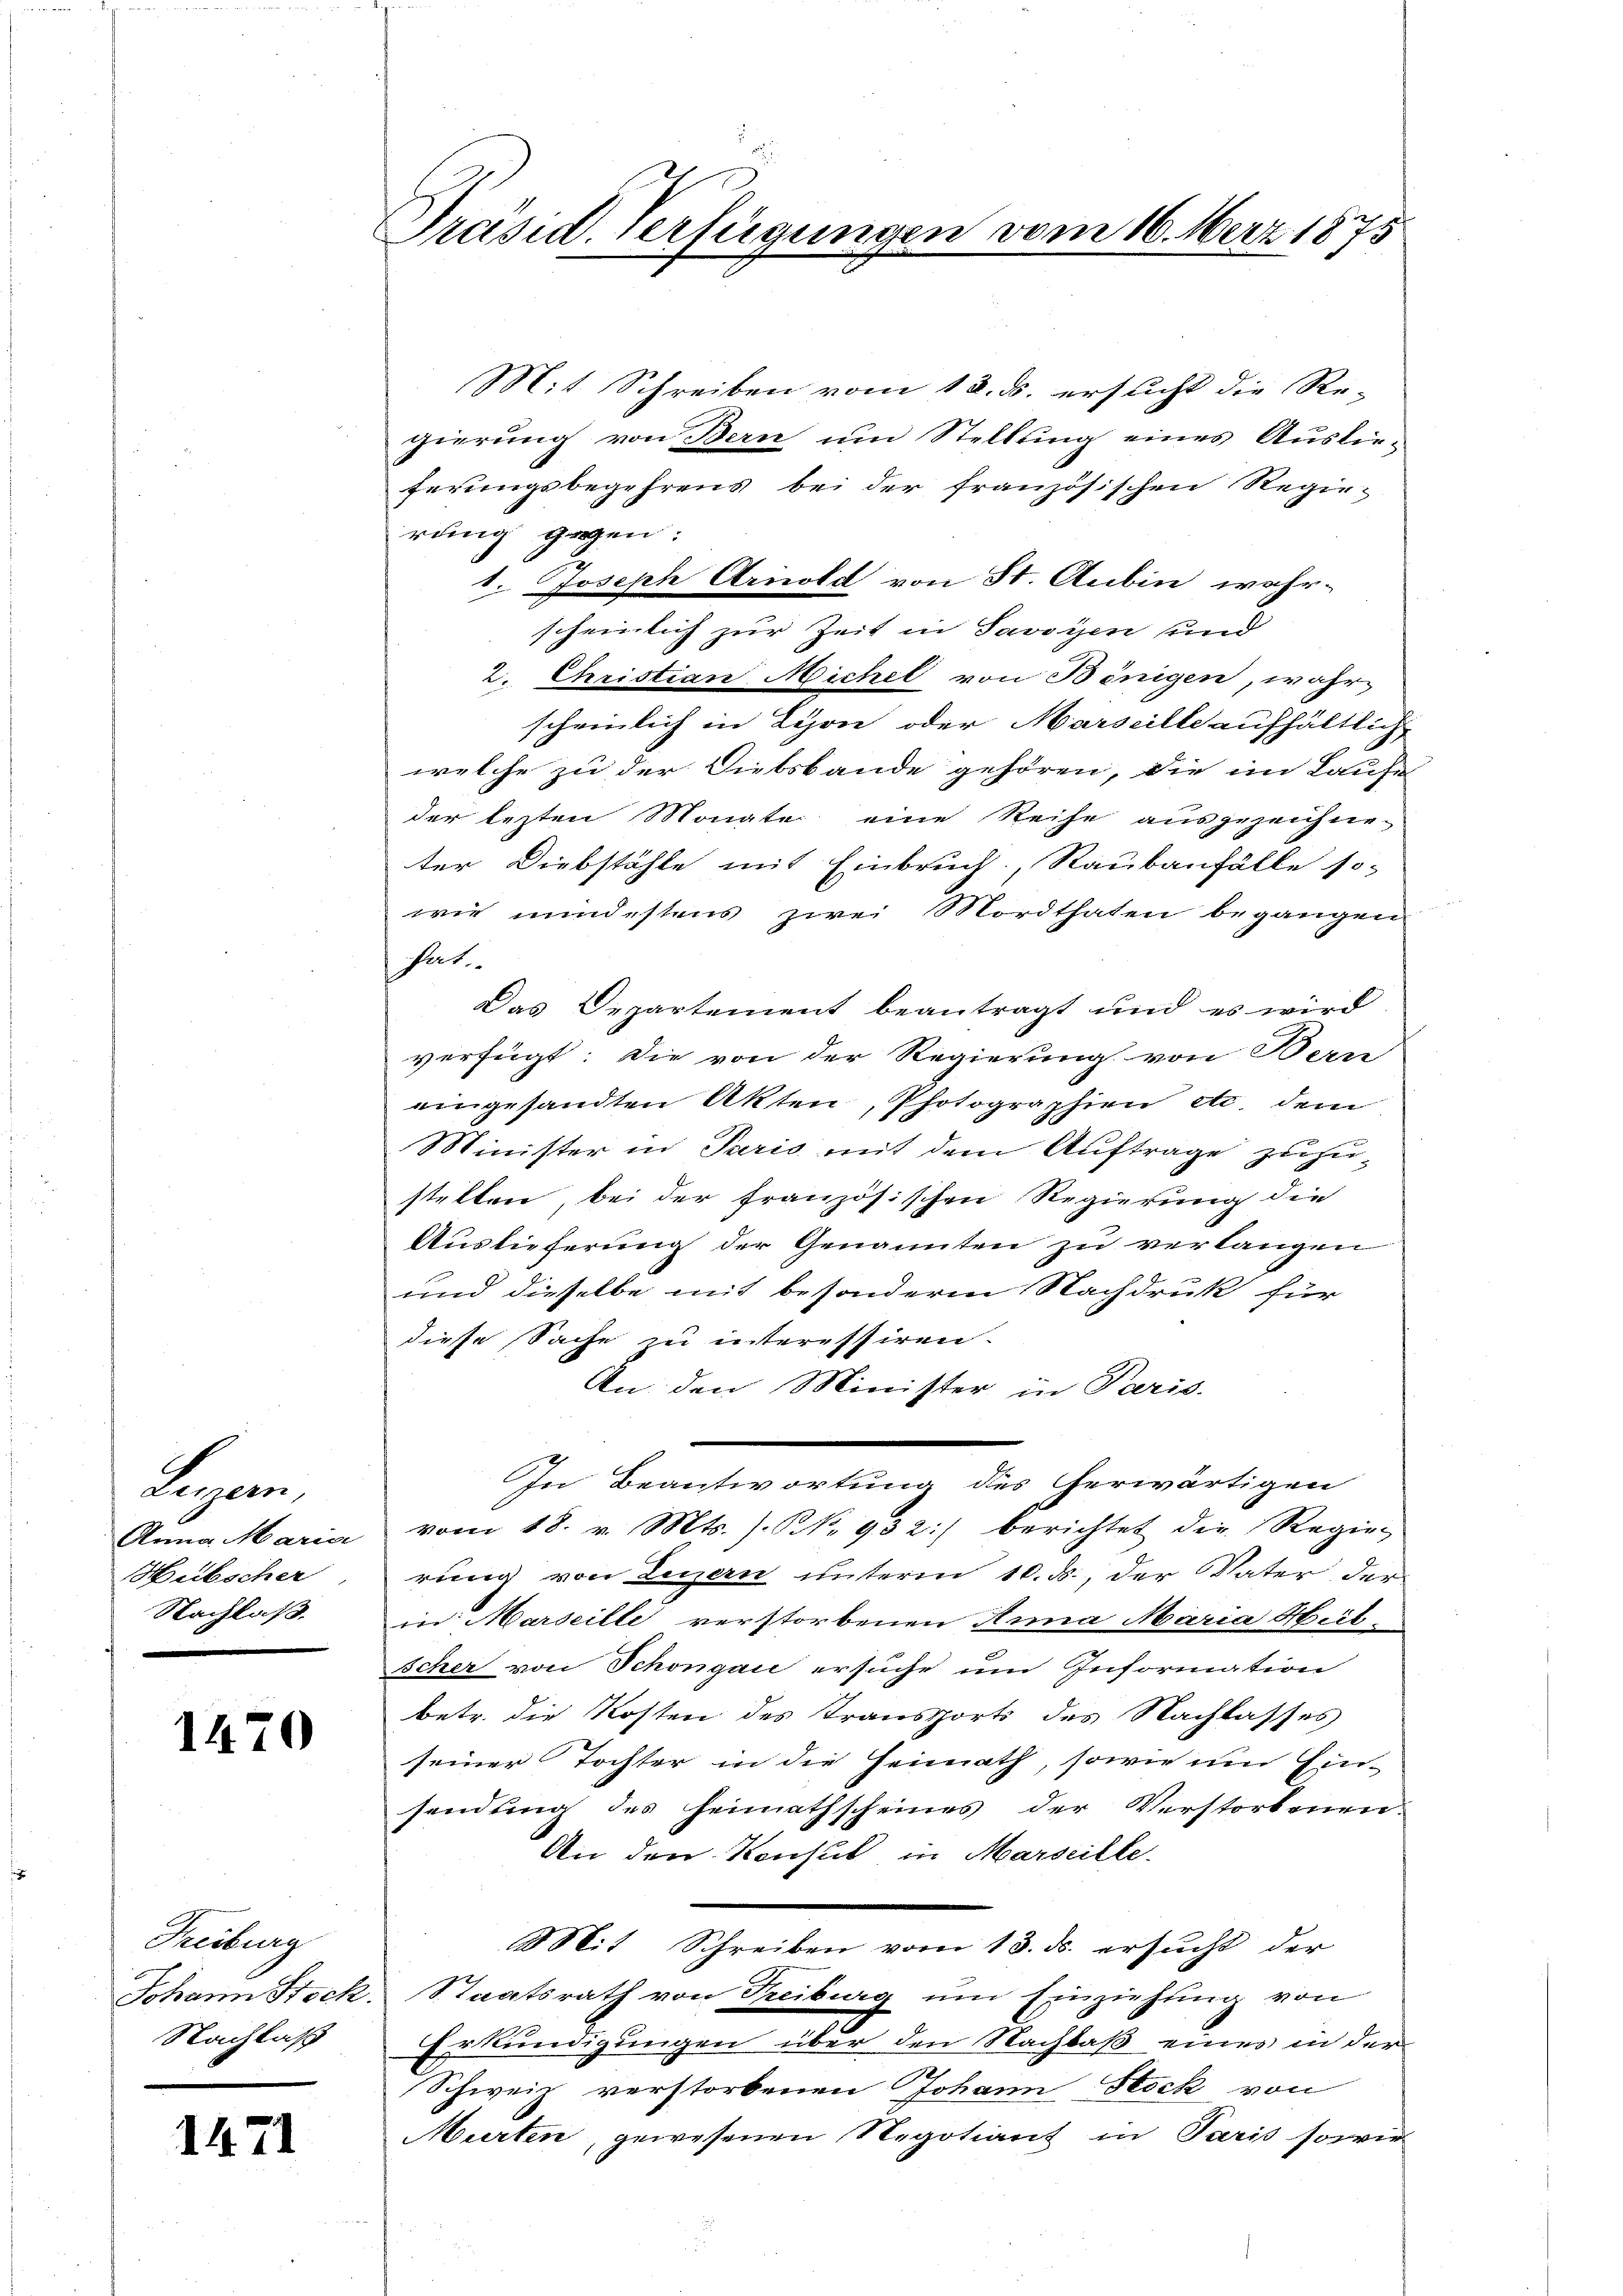
Legen
Hübscher
Nachlaß.

1470

Mit Schreiben vom 12. ds. ersucht die Re-
gierung von Bern um Stellung eines Auslieferungsbegehrens bei der französischen Regierung gegen:
1. Joseph Arnold von St. Anbin wahr-
scheinlich zur Zeit in Savoyen und
2. Christian Michel von Bönigen, wahr
scheinlich in Schon oder Marseille aufhältlich
welche zu der Diebsbande gehören, die im Laufe
der lezten Monate eine Reihe ausgezeichne-
ter Diebstähle mit Einbruch, Raubanfälle so-
wie mindestens zwei Mordthaten begangen.
hat.
Das Departement beantragt und es wird
verfügt: Die von der Regierung von Bern
eingesandten Akten, Photographien etc. dem
Minister in Paris mit dem Auftrage zuzustellen, bei der französischen Regierung die
Auslieferung der Genannten zu verlangen
und dieselbe mit besonderm Nachdruk für
diese Sache zu interessiren.
An den Minister in Paris.
In Beantwortung des herwärtigen
Anna Maria vom 18. v. Mts. ). NNo. 932 berichtet die Regie-
rung von Luzern unterm 10. ds., der Vater der
in: Marseille verstorbenen Anna Maria Heitscher von Schongau ersuche um Information
betr. die Kosten des Transports des Nachlasses
seiner Tochter in die Heimath, sowie im Ein-
sendung des Heimathscheines der Verstorbenen
An den Konsul in Marseille-
Mit Schreiben vom 13. ds. ersucht der
Johann Stock. Staatsrath von Treiburg ŭm Einziehung von
Erkundigungen über den Nachbaß eines in der
Schweiz verstorbenen Johann Stock von
Murten, gewesenen Negotian in Paris sowie

Treiburg
Nachlaß

1471

Präsid. Verfügungen vom 16. Merz 1875